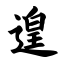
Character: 遑